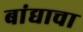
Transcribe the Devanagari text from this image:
बांद्याचा